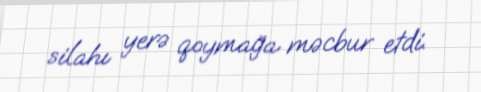
silahı yerə qoymağa məcbur etdi.